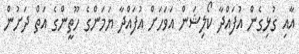
އާއި ގުޅިގެން އުފައްދާ ކޯލިޝަން އަވަަހަށް އުފައްދާ ޔަމަންގެ ހޫތީންގެ އަތް ދަށުން